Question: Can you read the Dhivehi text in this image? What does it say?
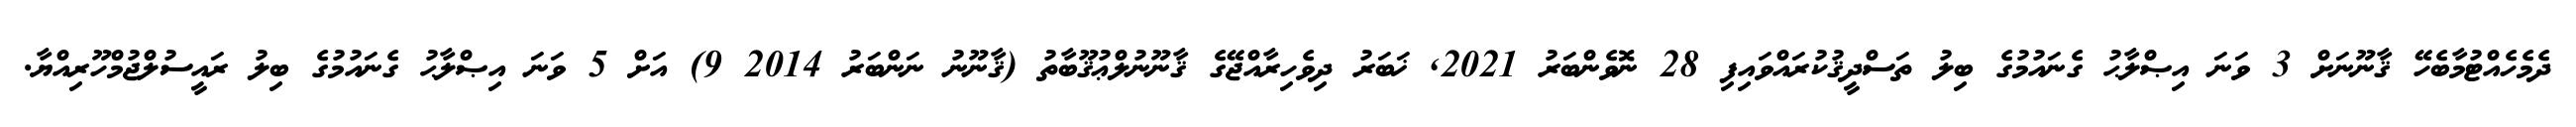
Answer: ދެމެހެއްޓުމާބެހޭ ޤާނޫނަށް 3 ވަނަ އިޞްލާޙު ގެނައުމުގެ ބިލު ތަސްދީޤުކުރައްވައިފި 28 ނޮވެންބަރު 2021, ޚަބަރު ދިވެހިރާއްޖޭގެ ޤާނޫނުލްޢުޤޫބާތު (ޤާނޫނު ނަންބަރު 2014 9) އަށް 5 ވަނަ އިޞްލާޙު ގެނައުމުގެ ބިލު ރައީސުލްޖުމްހޫރިއްޔާ.